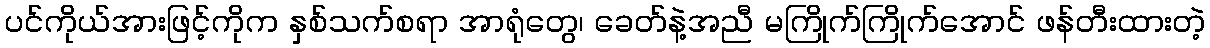
ပင်ကိုယ်အားဖြင့်ကိုက နှစ်သက်စရာ အာရုံတွေ၊ ခေတ်နဲ့အညီ မကြိုက်ကြိုက်အောင် ဖန်တီးထားတဲ့